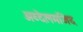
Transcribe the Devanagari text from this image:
अब्देलमजिद